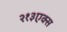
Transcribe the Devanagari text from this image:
२१३एक्स